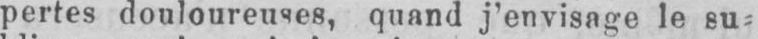
pertes douloureuses, quand j’envisage le su⸗